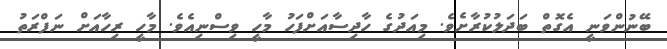
ބޭނުންވަނީ އެގޮތް ބަދަލުކުރާށެވެ. މިއަދުގެ ހާދިސާއަށްފަހު މާހީ ވިސްނިއެވެ. މާހީ ރިހާއަށް ނަފްރަތު